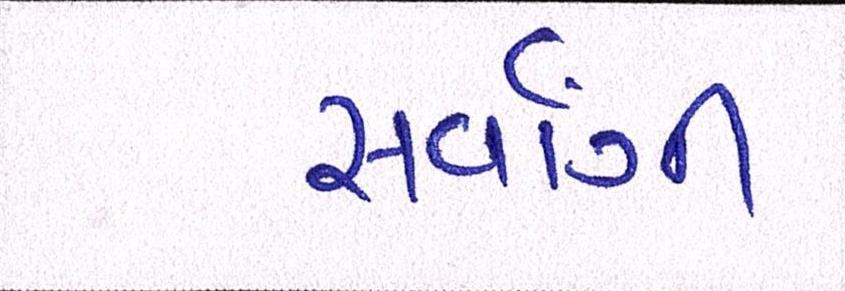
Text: સર્વાગી